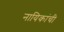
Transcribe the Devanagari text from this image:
नायिकांची